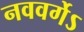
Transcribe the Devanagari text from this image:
नववर्गेऽ